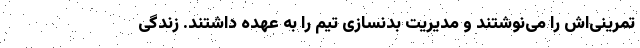
تمرینی‌اش را می‌نوشتند و مدیریت بدنسازی تیم را به عهده داشتند. زندگی